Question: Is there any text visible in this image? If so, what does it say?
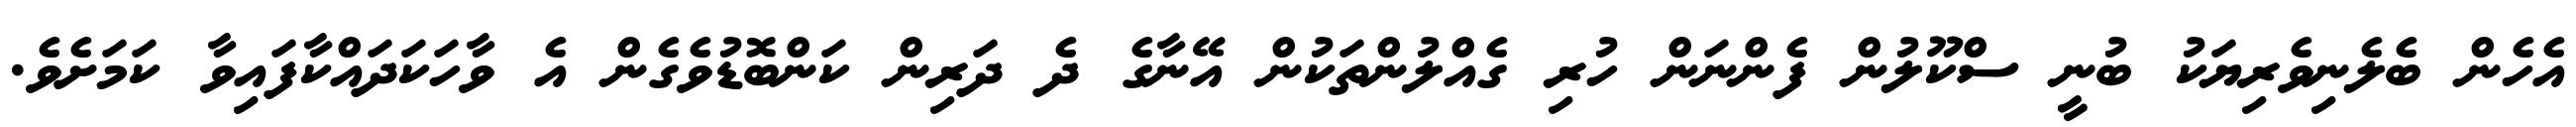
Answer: އެހެން ބެލެނިވެރިޔަކު ބުނީ ސްކޫލުން ފެންނަން ހުރި ގެއްލުންތަކުން އޭނާގެ ދެ ދަރިން ކަންބޮޑުވެގެން އެ ވާހަކަދައްކާފައިވާ ކަމަށެވެ.